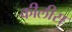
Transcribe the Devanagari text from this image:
कीलीस